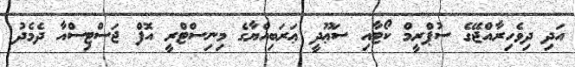
އަދި ދިވެހިރާއްޖޭގެ ސުޕްރީމް ކޯޓާއި ސަޢޫދީ ޢަރަބިއްޔާގެ މިނިސްޓްރީ އޮފް ޖަސްޓިސްއާ ދެމެދު